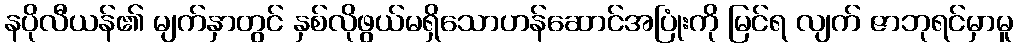
နပိုလီယန်၏ မျက်နှာတွင် နှစ်လိုဖွယ်မရှိသောဟန်ဆောင်အပြုံးကို မြင်ရ လျက် ဇာဘုရင်မှာမူ